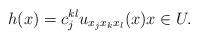
LaTeX: \begin{align*}h(x) = c^{kl}_{j} u_{x_j x_k x_l}(x) x\in U.\end{align*}